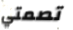
تصمتي